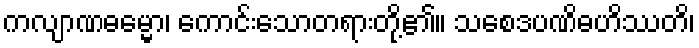
ကလျာဏဓမ္မော၊ ကောင်းသောတရားတို့၏။ သစေဒပဏိဓဟိဿတိ၊